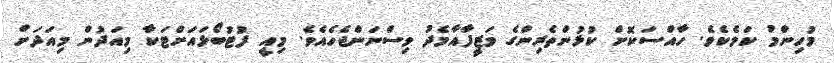
މުހިންމު ކަމެކެވެ. ހާއްސަކޮށް ކުޅުންތެރިންގެ ވަޒީފާއާމެދު ވިސްނަންޖެހެއެވެ. މިއީ ފުޓުބޯޅައަށްޓަކާ މިއަދުން މިއަދަށް